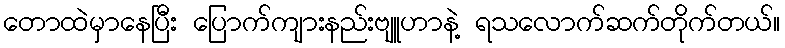
တောထဲမှာနေပြီး ပြောက်ကျားနည်းဗျူဟာနဲ့ ရသလောက်ဆက်တိုက်တယ်။